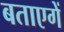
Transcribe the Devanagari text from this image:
बताएगें